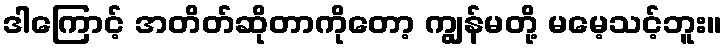
ဒါကြောင့် အတိတ်ဆိုတာကိုတော့ ကျွန်မတို့ မမေ့သင့်ဘူး။